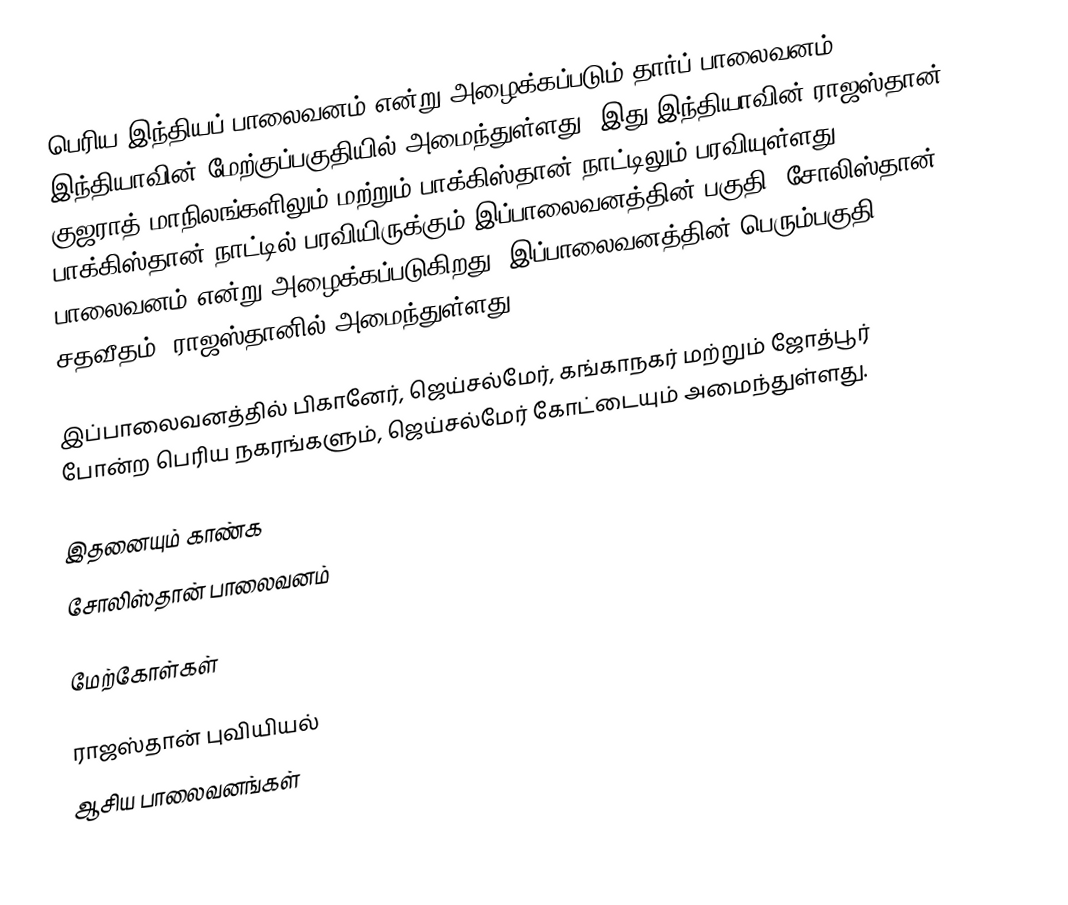
பெரிய இந்தியப் பாலைவனம் என்று அழைக்கப்படும் தார்ப் பாலைவனம் இந்தியாவின் மேற்குப்பகுதியில் அமைந்துள்ளது. இது இந்தியாவின் ராஜஸ்தான், குஜராத் மாநிலங்களிலும் மற்றும் பாக்கிஸ்தான் நாட்டிலும் பரவியுள்ளது. பாக்கிஸ்தான் நாட்டில் பரவியிருக்கும் இப்பாலைவனத்தின் பகுதி, சோலிஸ்தான் பாலைவனம் என்று அழைக்கப்படுகிறது. இப்பாலைவனத்தின் பெரும்பகுதி (61 சதவீதம்) ராஜஸ்தானில் அமைந்துள்ளது.

இப்பாலைவனத்தில் பிகானேர், ஜெய்சல்மேர், கங்காநகர் மற்றும் ஜோத்பூர் போன்ற பெரிய நகரங்களும், ஜெய்சல்மேர் கோட்டையும் அமைந்துள்ளது.

இதனையும் காண்க
 சோலிஸ்தான் பாலைவனம்

மேற்கோள்கள்

ராஜஸ்தான் புவியியல்
ஆசிய பாலைவனங்கள்